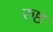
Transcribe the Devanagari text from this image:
रुष्ठ